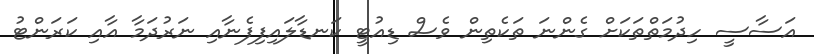
އަސާސީ ހިދުމަތްތަކަށް ގެންނަ ތަކެތިން ވެސް ޑިއުޓީ ކަނޑާލައިފިފެނާއި ނަރުދަމާ އާއި ކަރަންޓު